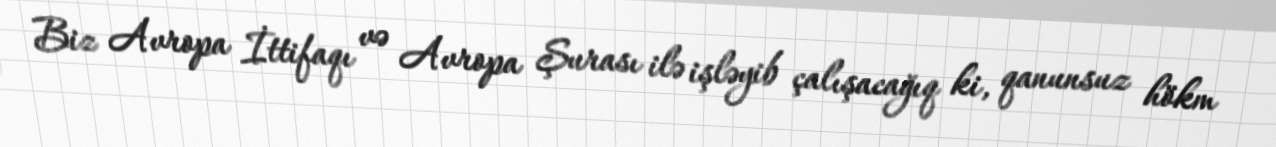
Biz Avropa İttifaqı və Avropa Şurası ilə işləyib çalışacağıq ki, qanunsuz hökm